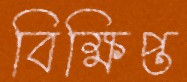
বিক্ষিপ্ত